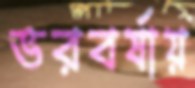
ভরবর্ষায়